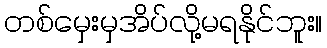
တစ်မှေးမှအိပ်လို့မရနိုင်ဘူး။